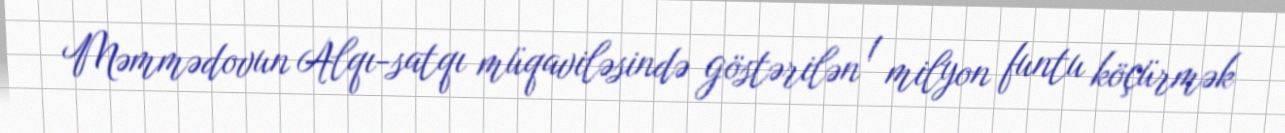
Məmmədovun Alqı-satqı müqaviləsində göstərilən 1 milyon funtu köçürmək